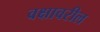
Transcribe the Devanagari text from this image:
वक्षावरील